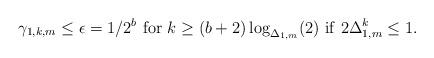
LaTeX: \begin{align*} \gamma_{1,k,m}\le\epsilon=1/2^b~ {\rm for}~k\ge (b+2)\log_{\Delta_{1,m}}(2)~{\rm if}~ 2\Delta_{1,m}^k\le 1. \end{align*}